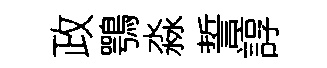
政鶚淼誓諄